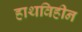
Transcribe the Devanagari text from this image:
हाथविहीन